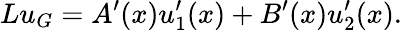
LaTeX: Lu_{G}=A^{\prime}(x)u_{1}^{\prime}(x)+B^{\prime}(x)u_{2}^{\prime}(x).